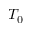
T _ { 0 }